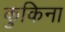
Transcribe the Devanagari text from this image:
कुकिना